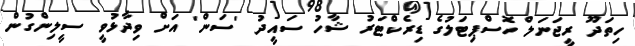
ހިތަދޫ ރީޖަނަލް ހޮސްޕިޓަލުގެ ޑިރެކްޓަރު ޝާހު ސައީދު 'ސަން' އަށް ވިދާޅުވީ ސީލިންގުން